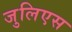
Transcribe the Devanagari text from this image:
जुलिएस